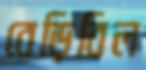
বেড়িবিল